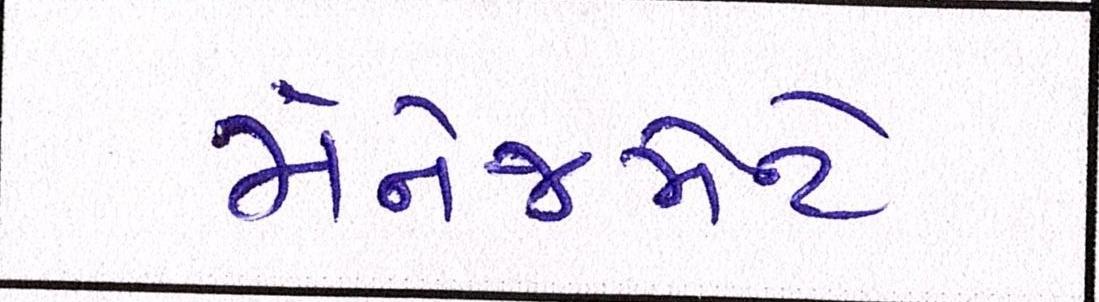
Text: મૅનેજમેન્ટે